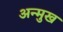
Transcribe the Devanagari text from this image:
अन्मुख